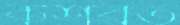
কশরত